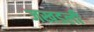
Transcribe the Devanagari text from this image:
जखडली